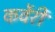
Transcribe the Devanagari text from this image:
कर्वेरी